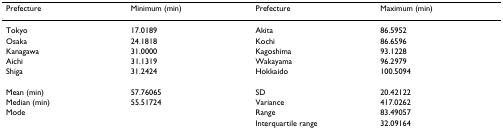
<table><thead><tr><td><b>Prefecture</b></td><td><b>Minimum (min)</b></td><td><b>Prefecture</b></td><td><b>Maximum (min)</b></td></tr></thead><tbody><tr><td>Tokyo</td><td>17.0189</td><td>Akita</td><td>86.5952</td></tr><tr><td>Osaka</td><td>24.1818</td><td>Kochi</td><td>86.6596</td></tr><tr><td>Kanagawa</td><td>31.0000</td><td>Kagoshima</td><td>93.1228</td></tr><tr><td>Aichi</td><td>31.1319</td><td>Wakayama</td><td>96.2979</td></tr><tr><td>Shiga</td><td>31.2424</td><td>Hokkaido</td><td>100.5094</td></tr><tr><td>Mean (min)</td><td>57.76065</td><td>SD</td><td>20.42122</td></tr><tr><td>Median (min)</td><td>55.51724</td><td>Variance</td><td>417.0262</td></tr><tr><td>Mode</td><td></td><td>Range</td><td>83.49057</td></tr><tr><td></td><td></td><td>Interquartile range</td><td>32.09164</td></tr></tbody></table>